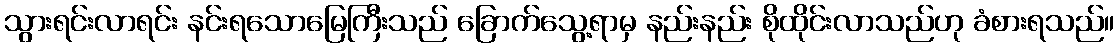
သွားရင်းလာရင်း နင်းရသောမြေကြီးသည် ခြောက်သွေ့ရာမှ နည်းနည်း စိုထိုင်းလာသည်ဟု ခံစားရသည်။